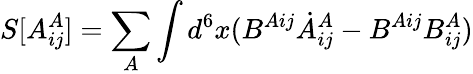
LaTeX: S[A_{ij}^{A}]=\sum_{A}\int d^{6}x(B^{Aij}\dot{A}_{ij}^{A}-B^{Aij}B_{ij}^{A})